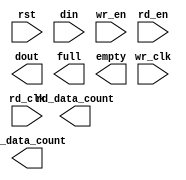
module tx_fifo(
  rst,
  wr_clk,
  rd_clk,
  din,
  wr_en,
  rd_en,
  dout,
  full,
  empty,
  rd_data_count,
  wr_data_count
);

input rst;
input wr_clk;
input rd_clk;
input [63 : 0] din;
input wr_en;
input rd_en;
output [7 : 0] dout;
output full;
output empty;
output [13 : 0] rd_data_count;
output [10 : 0] wr_data_count;

endmodule